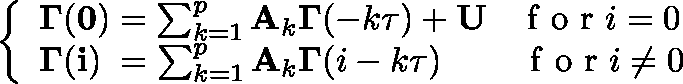
\left\{ \begin{array} { l } { \mathbf { \Gamma } ( \mathbf { 0 } ) = \sum _ { k = 1 } ^ { p } \mathbf { A } _ { k } \mathbf { \Gamma } ( - k \tau ) + \mathbf { U } \; \; \; \mathrm { ~ f ~ o ~ r ~ } i = 0 } \\ { \mathbf { \Gamma } ( \mathbf { i } ) \; = \sum _ { k = 1 } ^ { p } \mathbf { A } _ { k } \mathbf { \Gamma } ( i - k \tau ) \; \; \; \; \; \; \; \; \mathrm { ~ f ~ o ~ r ~ } i \neq 0 } \end{array} \right.